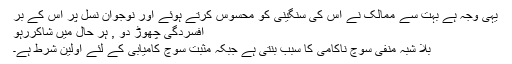
یہی وجہ ہے بہت سے ممالک نے اس کی سنگینی کو محسوس کرتے ہوئے اور نوجوان نسل پر اس کے بر
اَفسردگی چھوڑ دو , ہر حال میں شاکررہو
بلا شبہ منفی سوچ ناکامی کا سبب بنتی ہے جبکہ مثبت سوچ کامیابی کے لئے اولین شرط ہے۔